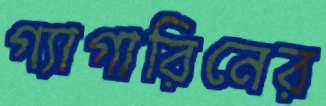
গ্যাগারিনের